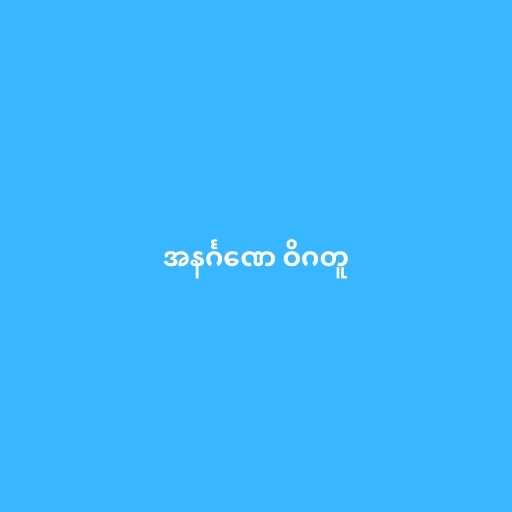
အနင်္ဂဏေ ဝိဂတူ